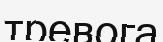
тревога